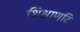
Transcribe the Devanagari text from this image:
शिक्षाणदि